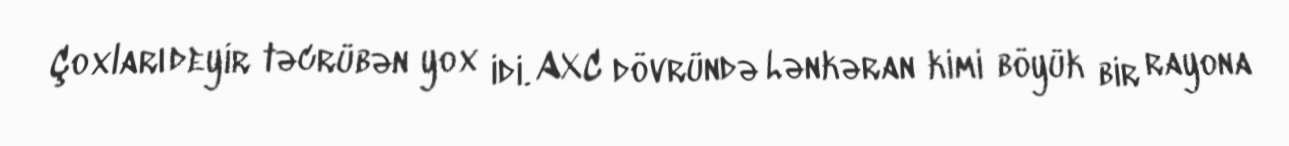
Çoxları deyir təcrübən yox idi. AXC dövründə Lənkəran kimi böyük bir rayona